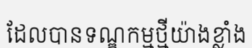
ដែលបានទណ្ឌកម្មថ្មីយ៉ាងខ្លាំង